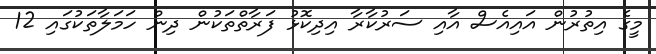
މީގެ އިތުރުން އައިއެސް އާއި ސަރުކާރާ އިދިކޮޅު ފަރާތްތަކުން ދިން ހަމަލާތަކުގައި 12